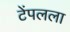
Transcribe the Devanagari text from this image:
टेंपलला